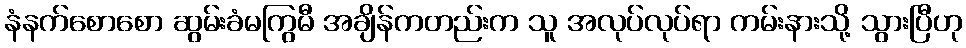
နံနက်စောစော ဆွမ်းခံမကြွမီ အချိန်ကတည်းက သူ အလုပ်လုပ်ရာ ကမ်းနားသို့ သွားပြီဟု